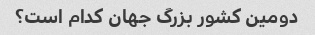
دومین کشور بزرگ جهان کدام است؟